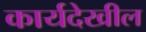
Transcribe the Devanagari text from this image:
कार्यदेखील